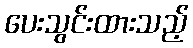
ပေးသွင်းထားသည့်